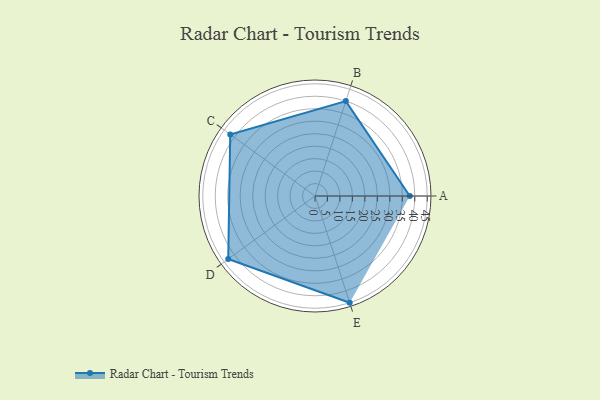
{"axis": {"x": "Skill", "y": "Score"}, "legend": ["Profile"], "data": [{"x": "A", "y": 38.0, "type": "Profile"}, {"x": "B", "y": 40.0, "type": "Profile"}, {"x": "C", "y": 42.0, "type": "Profile"}, {"x": "D", "y": 43.0, "type": "Profile"}, {"x": "E", "y": 45.0, "type": "Profile"}]}